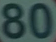
80